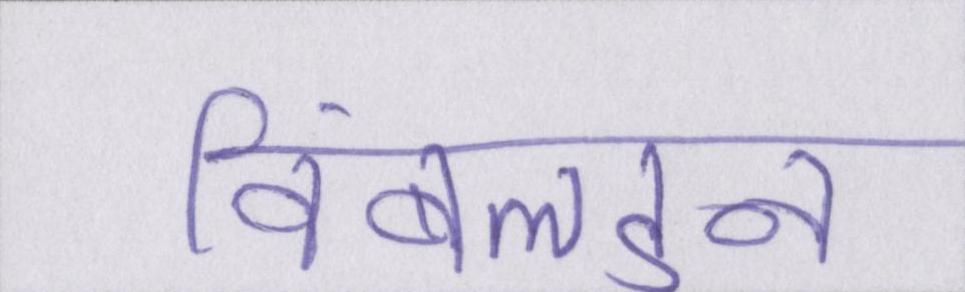
विंबलडन